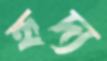
হৃদ্য